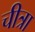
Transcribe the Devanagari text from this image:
चीत्रा